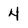
Character: 4